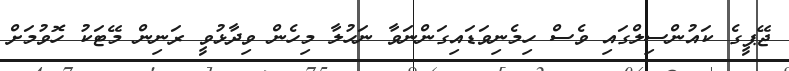
ޖޭޕީގެ ކައުންސިލްގައި ވެސް ހިމެނިވަޑައިގަންނަވާ ނަހުލާ މިހެން ވިދާޅުވީ ރަނިން މޭޓަކު ހޮވުމަށް